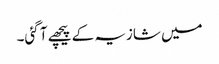
میں شازیہ کے پیچھے آ گئی۔